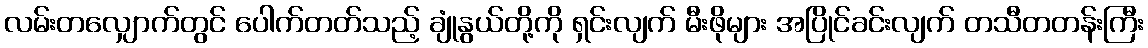
လမ်းတလျှောက်တွင် ပေါက်တတ်သည့် ချုံနွယ်တို့ကို ရှင်းလျက် မီးဖိုများ အပြိုင်ခင်းလျက် တသီတတန်းကြီး